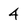
Character: 4